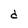
Character: d